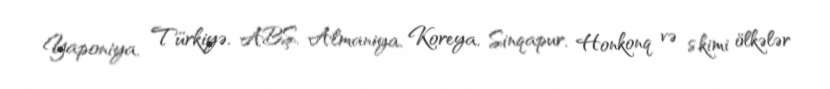
Yaponiya, Türkiyə, ABŞ, Almaniya, Koreya, Sinqapur, Honkonq və s.kimi ölkələr